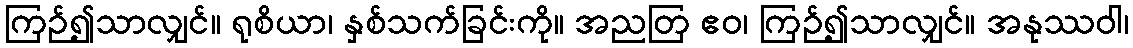
ကြဉ်၍သာလျှင်။ ရုစိယာ၊ နှစ်သက်ခြင်းကို။ အညတြ ဧဝ၊ ကြဉ်၍သာလျှင်။ အနုဿဝါ၊